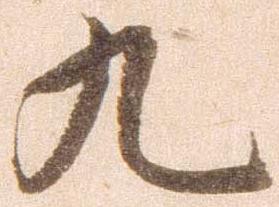
九